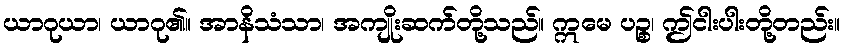
ယာဂုယာ၊ ယာဂု၏။ အာနိသံသာ၊ အကျိုးဆက်တို့သည်။ ဣမေ ပဉ္စ၊ ဤငါးပါးတို့တည်း။